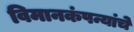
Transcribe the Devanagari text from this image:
विमानकंपन्यांचे